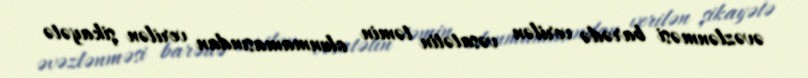
əvəzlənməsi barədə verilən vəsatətin təmin olunmamasından verilən şikayətə